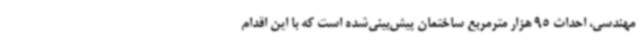
مهندسی، احداث 95 هزار مترمربع ساختمان پیش‌بینی‌شده است که با این اقدام